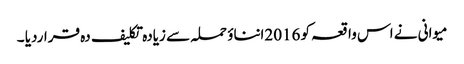
میوانی نے اس واقعہ کو 2016انناؤ حملہ سے زیادہ تکلیف دہ قراردیا ۔